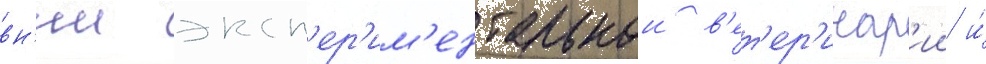
вн'ии эксп'ер'им'ентальнои в'ет'ер'инар'ии и́